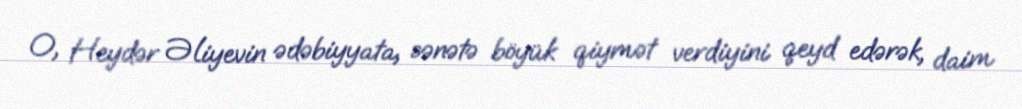
O, Heydər Əliyevin ədəbiyyata, sənətə böyük qiymət verdiyini qeyd edərək, daim